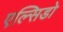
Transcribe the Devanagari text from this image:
एल्सिडो